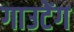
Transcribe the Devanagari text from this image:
गाउटेंग